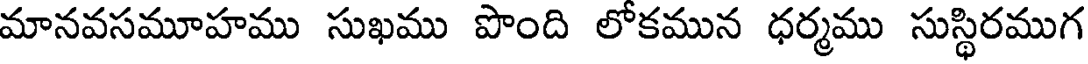
మానవసమూహము సుఖము పొంది లోకమున ధర్మము సుస్థిరముగ